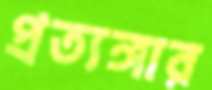
প্রত্যঙ্গার